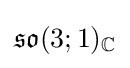
{\mathfrak {so}}(3;1)_{\mathbb {C} }